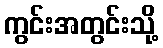
ကွင်းအတွင်းသို့